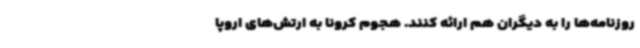
روزنامه‌ها را به دیگران هم ارائه کنند. هجوم کرونا به ارتش‌های اروپا